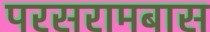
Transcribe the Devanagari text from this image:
परसरामबास